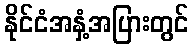
နိုင်ငံအနှံ့အပြားတွင်